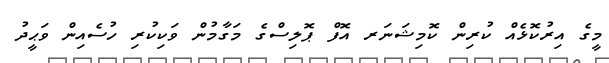
މީގެ އިރުކޮޅެއް ކުރިން ކޮމިޝަނަރ އޮފް ޕޮލިސްގެ މަގާމުން ވަކިކުރި ހުސެއިން ވަޙީދު